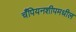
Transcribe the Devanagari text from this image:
चँपियनशीपमधील